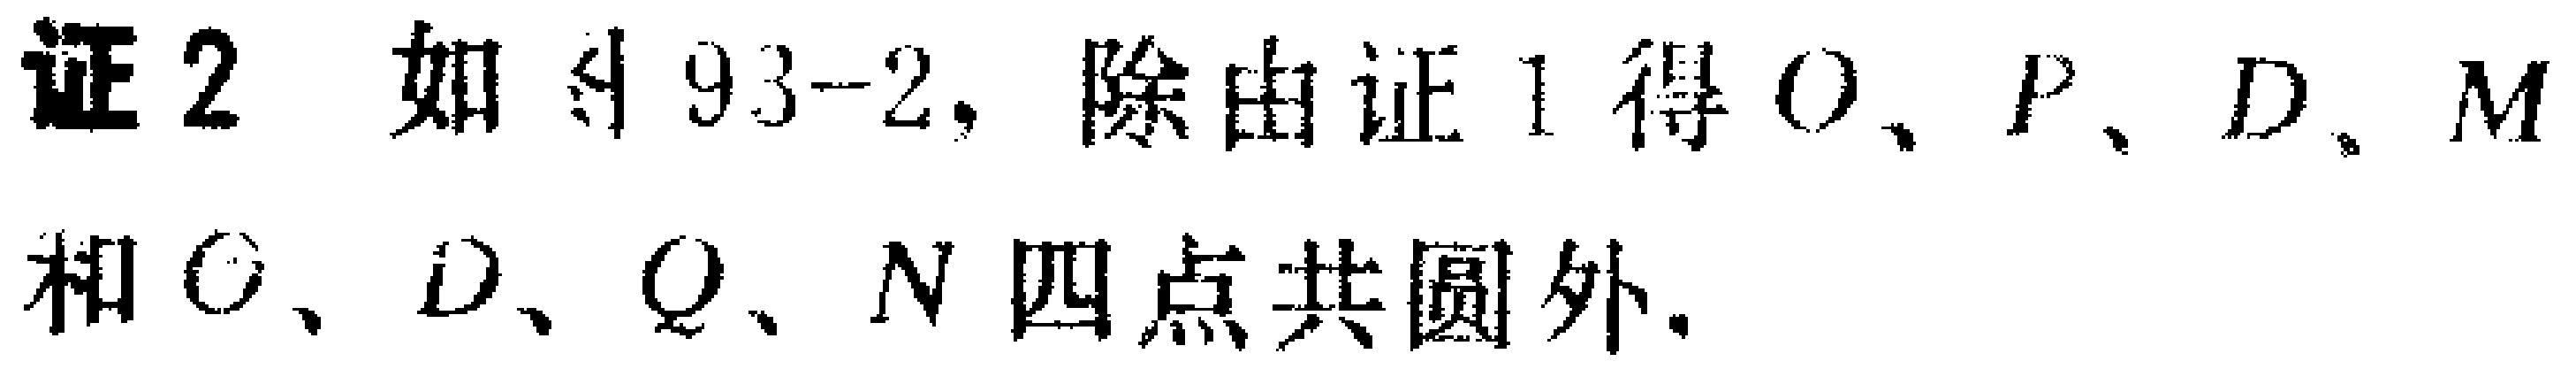
证2. 如图93 - 2，除由证1得\(O\)、\(P\)、\(D\)、\(M\)和\(C\)、\(D\)、\(Q\)、\(N\)四点共圆外.